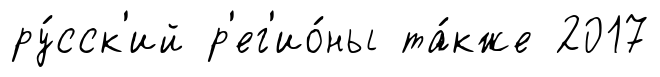
ру́сск'ий р'ег'ио́ны та́кже 2017